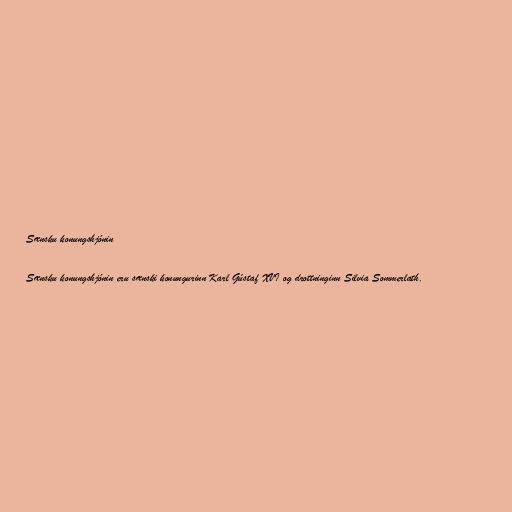
Sænsku konungshjónin

Sænsku konungshjónin eru sænski konungurinn Karl Gústaf XVI og drottninginn Silvia Sommerlath.